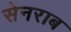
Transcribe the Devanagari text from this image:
सेनराब